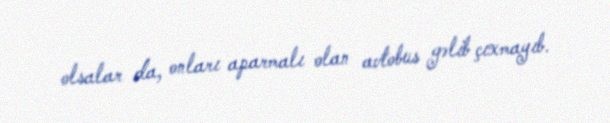
olsalar da, onları aparmalı olan avtobus gəlib çıxmayıb.